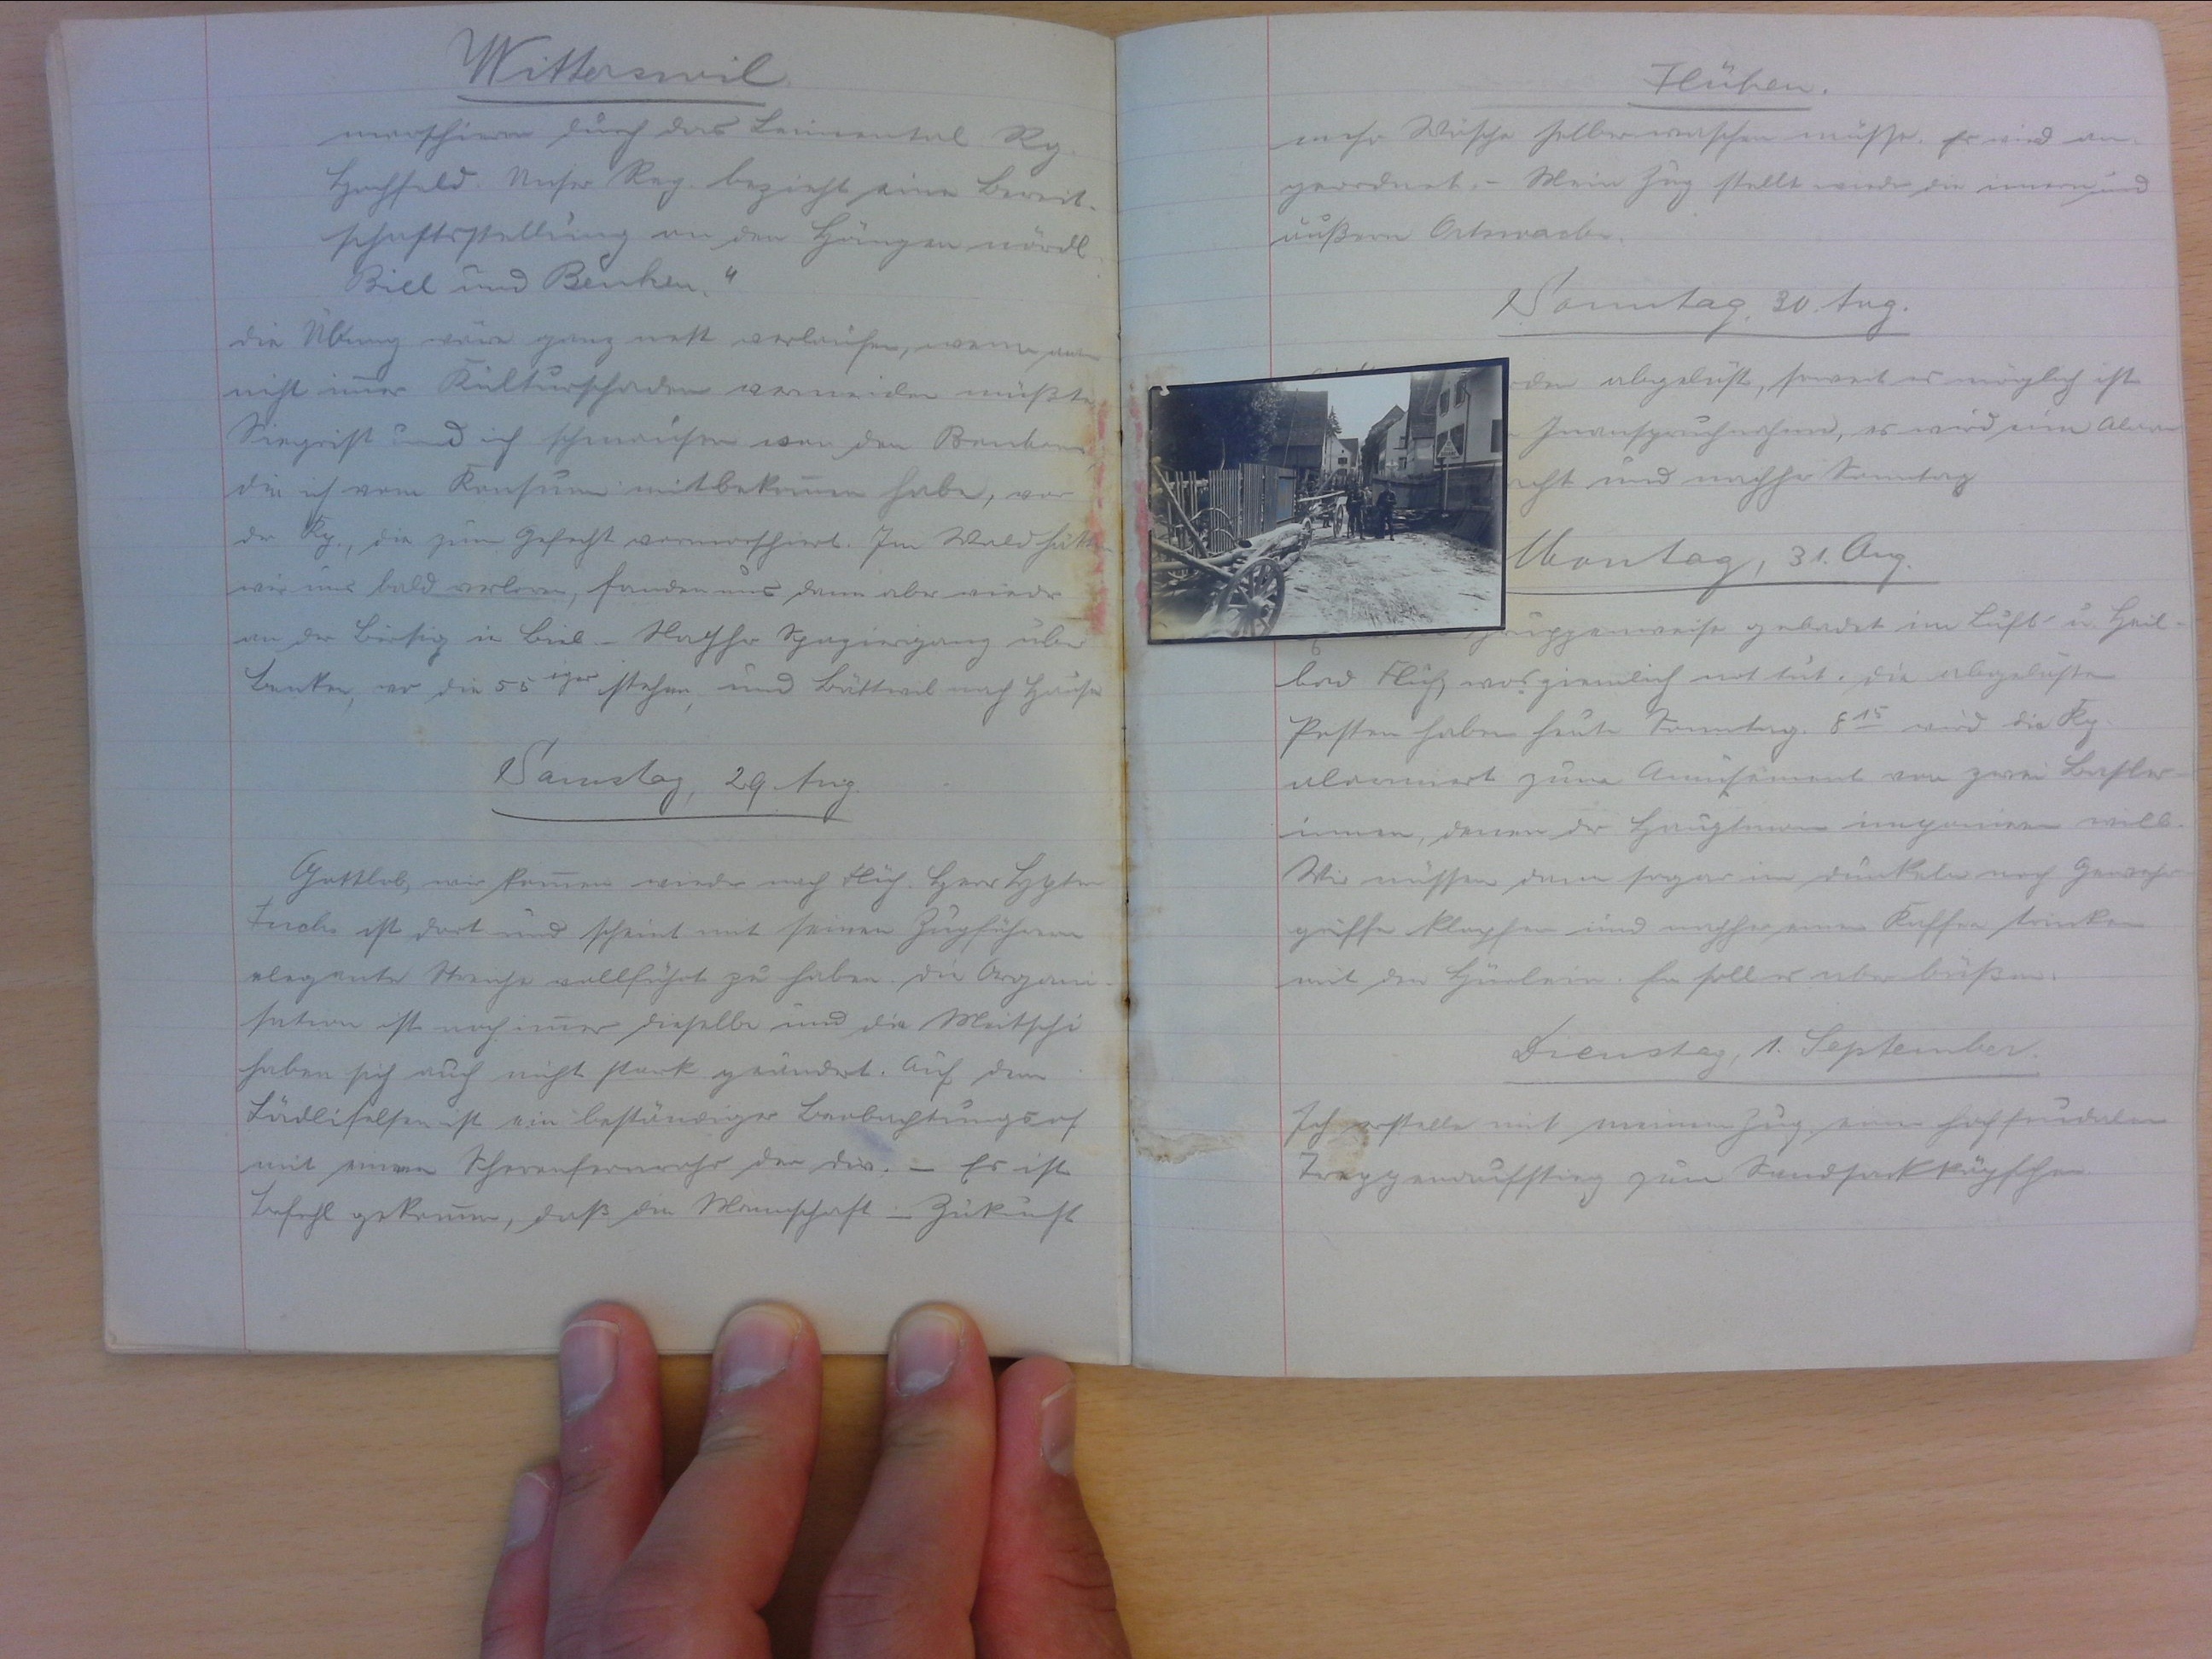
Witterswil
marschieren durch das Leimental Rg.
Hochfeld. Unser Reg. bezieht eine Bereit-
schaftsstellung an der Hängen nördl.
Biel und Benken."
die Übung wäre ganz nett verlaufen, wenn man
nicht immer Kulturschaden vermeiden müsste.
Siegrist und ich schmausen von den Bonbons
die ich vom Konsum mitbekommen habe, vor
der Kp., die zum Gefecht vormarschiert. Im Wald hätten
wir uns bald verloren, fanden uns dann aber wieder
an der Birsig in Biel. Nachher Spaziergang über
Benken, wo die 55iger stehen, und Büttwil nach Hause.
Samstag, 29. Aug.
Gottlob, wir kommen wieder nach Flüh. Herr Hptm
Fuchs ist dort und scheint mit seinen Zugführern
elegante Streiche vollführt zu haben. die Organi-
sation ist noch immer dieselbe und die Meitschi
haben sich auch nicht stark geändert. Auf dem
Lädlifelsen ist ein beständiger Beobachtungort
mit einem Scherenfernrohr den drin. Es ist
Befehl gekommen, dass die Mannschaft in Zukunft